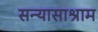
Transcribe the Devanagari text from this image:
सन्यासाश्राम